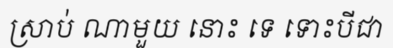
ស្រាប់ ណាមួយ នោះ ទេ ទោះបីជា